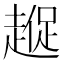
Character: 𮚼